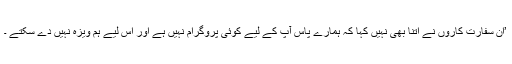
’ان سفارت کاروں نے اتنا بھی نہیں کہا کہ ہمارے پاس آپ کے لیے کوئی پروگرام نہیں ہے اور اس لیے ہم ویزہ نہیں دے سکتے ۔